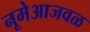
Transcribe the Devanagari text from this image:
नूमेआजवळ